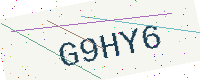
Text: G9HY6